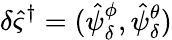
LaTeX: \delta\hat{\varsigma}^{\dagger}=(\hat{\psi}_{\delta}^{\phi},\hat{\psi}_{\delta}^{\theta})